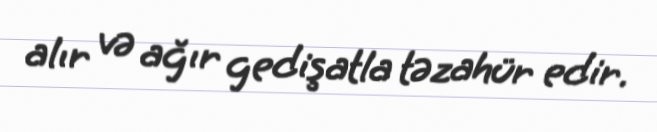
alır və ağır gedişatla təzahür edir.